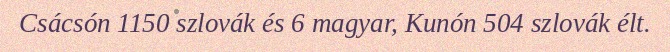
Csácsón 1150 szlovák és 6 magyar, Kunón 504 szlovák élt.